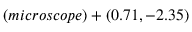
( m i c r o s c o p e ) + ( 0 . 7 1 , - 2 . 3 5 )